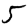
Digit: 5